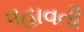
વહાવતી